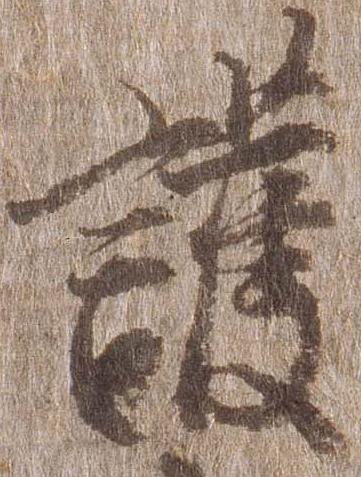
護